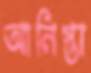
আনিস্তা